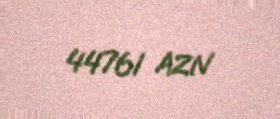
44761 AZN